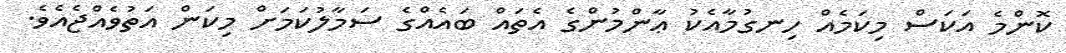
ކޮންމެ އަކަސް މިކަމެއް ހިނގުމާއެކު ޢާންމުންގެ އެތައް ބައެއްގެ ސަމާލުކަމަށް މިކަން އަތުވެއްޖެއެވެ.